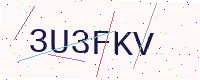
Text: 3U3FKV